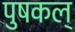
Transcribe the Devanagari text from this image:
पुषकल्